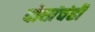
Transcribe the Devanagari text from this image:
दोघांचंही